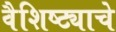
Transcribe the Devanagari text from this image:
वैशिष्ट्याचे